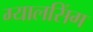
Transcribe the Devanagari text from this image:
ग्‍यालसिंग